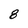
Character: 8